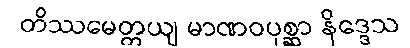
တိဿမေတ္တယျ မာဏဝပုစ္ဆာ နိဒ္ဒေသ